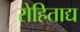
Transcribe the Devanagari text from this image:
रोहिताद्य